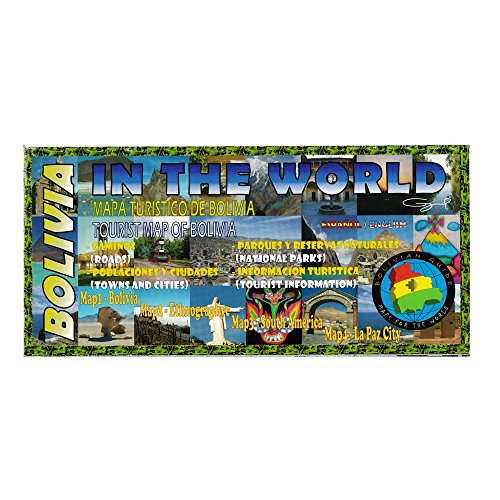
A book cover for Bolivia Map with La Paz City; Travel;